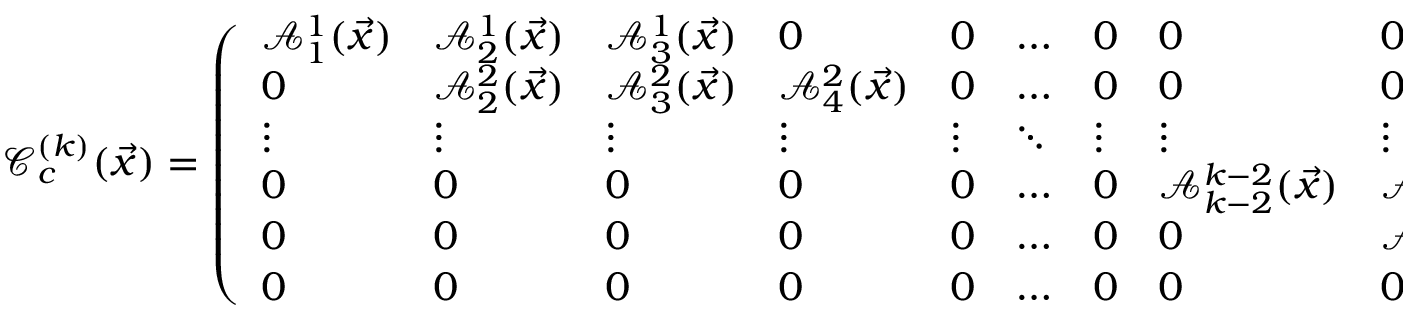
\mathcal C _ { c } ^ { ( k ) } ( \vec { x } ) = \left( \begin{array} { l l l l l l l l l l } { \mathcal A _ { 1 } ^ { 1 } ( \vec { x } ) } & { \mathcal A _ { 2 } ^ { 1 } ( \vec { x } ) } & { \mathcal A _ { 3 } ^ { 1 } ( \vec { x } ) } & { 0 } & { 0 } & { \ldots } & { 0 } & { 0 } & { 0 } & { 0 } \\ { 0 } & { \mathcal A _ { 2 } ^ { 2 } ( \vec { x } ) } & { \mathcal A _ { 3 } ^ { 2 } ( \vec { x } ) } & { \mathcal A _ { 4 } ^ { 2 } ( \vec { x } ) } & { 0 } & { \ldots } & { 0 } & { 0 } & { 0 } & { 0 } \\ { \vdots } & { \vdots } & { \vdots } & { \vdots } & { \vdots } & { \ddots } & { \vdots } & { \vdots } & { \vdots } & { \vdots } \\ { 0 } & { 0 } & { 0 } & { 0 } & { 0 } & { \ldots } & { 0 } & { \mathcal A _ { k - 2 } ^ { k - 2 } ( \vec { x } ) } & { \mathcal A _ { k - 1 } ^ { k - 2 } ( \vec { x } ) } & { \mathcal A _ { k } ^ { k - 2 } ( \vec { x } ) } \\ { 0 } & { 0 } & { 0 } & { 0 } & { 0 } & { \ldots } & { 0 } & { 0 } & { \mathcal A _ { k - 1 } ^ { k - 1 } ( \vec { x } ) } & { \mathcal A _ { k } ^ { k - 1 } ( \vec { x } ) } \\ { 0 } & { 0 } & { 0 } & { 0 } & { 0 } & { \ldots } & { 0 } & { 0 } & { 0 } & { \mathcal A _ { k } ^ { k } ( \vec { x } ) } \end{array} \right)